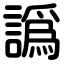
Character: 譌